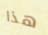
هذا